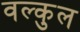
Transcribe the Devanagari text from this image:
वल्कुल